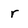
Character: r